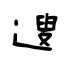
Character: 遚